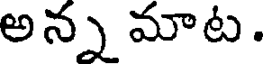
అన్న మాట.